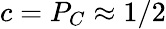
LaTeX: c=P_{C}\approx 1/2